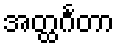
အတ္ထင်္ဂတာ